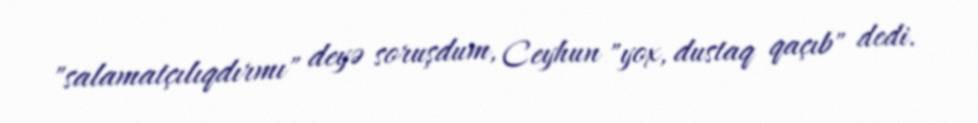
"salamatçılıqdırmı" deyə soruşdum, Ceyhun "yox, dustaq qaçıb" dedi.